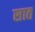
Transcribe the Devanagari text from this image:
सात